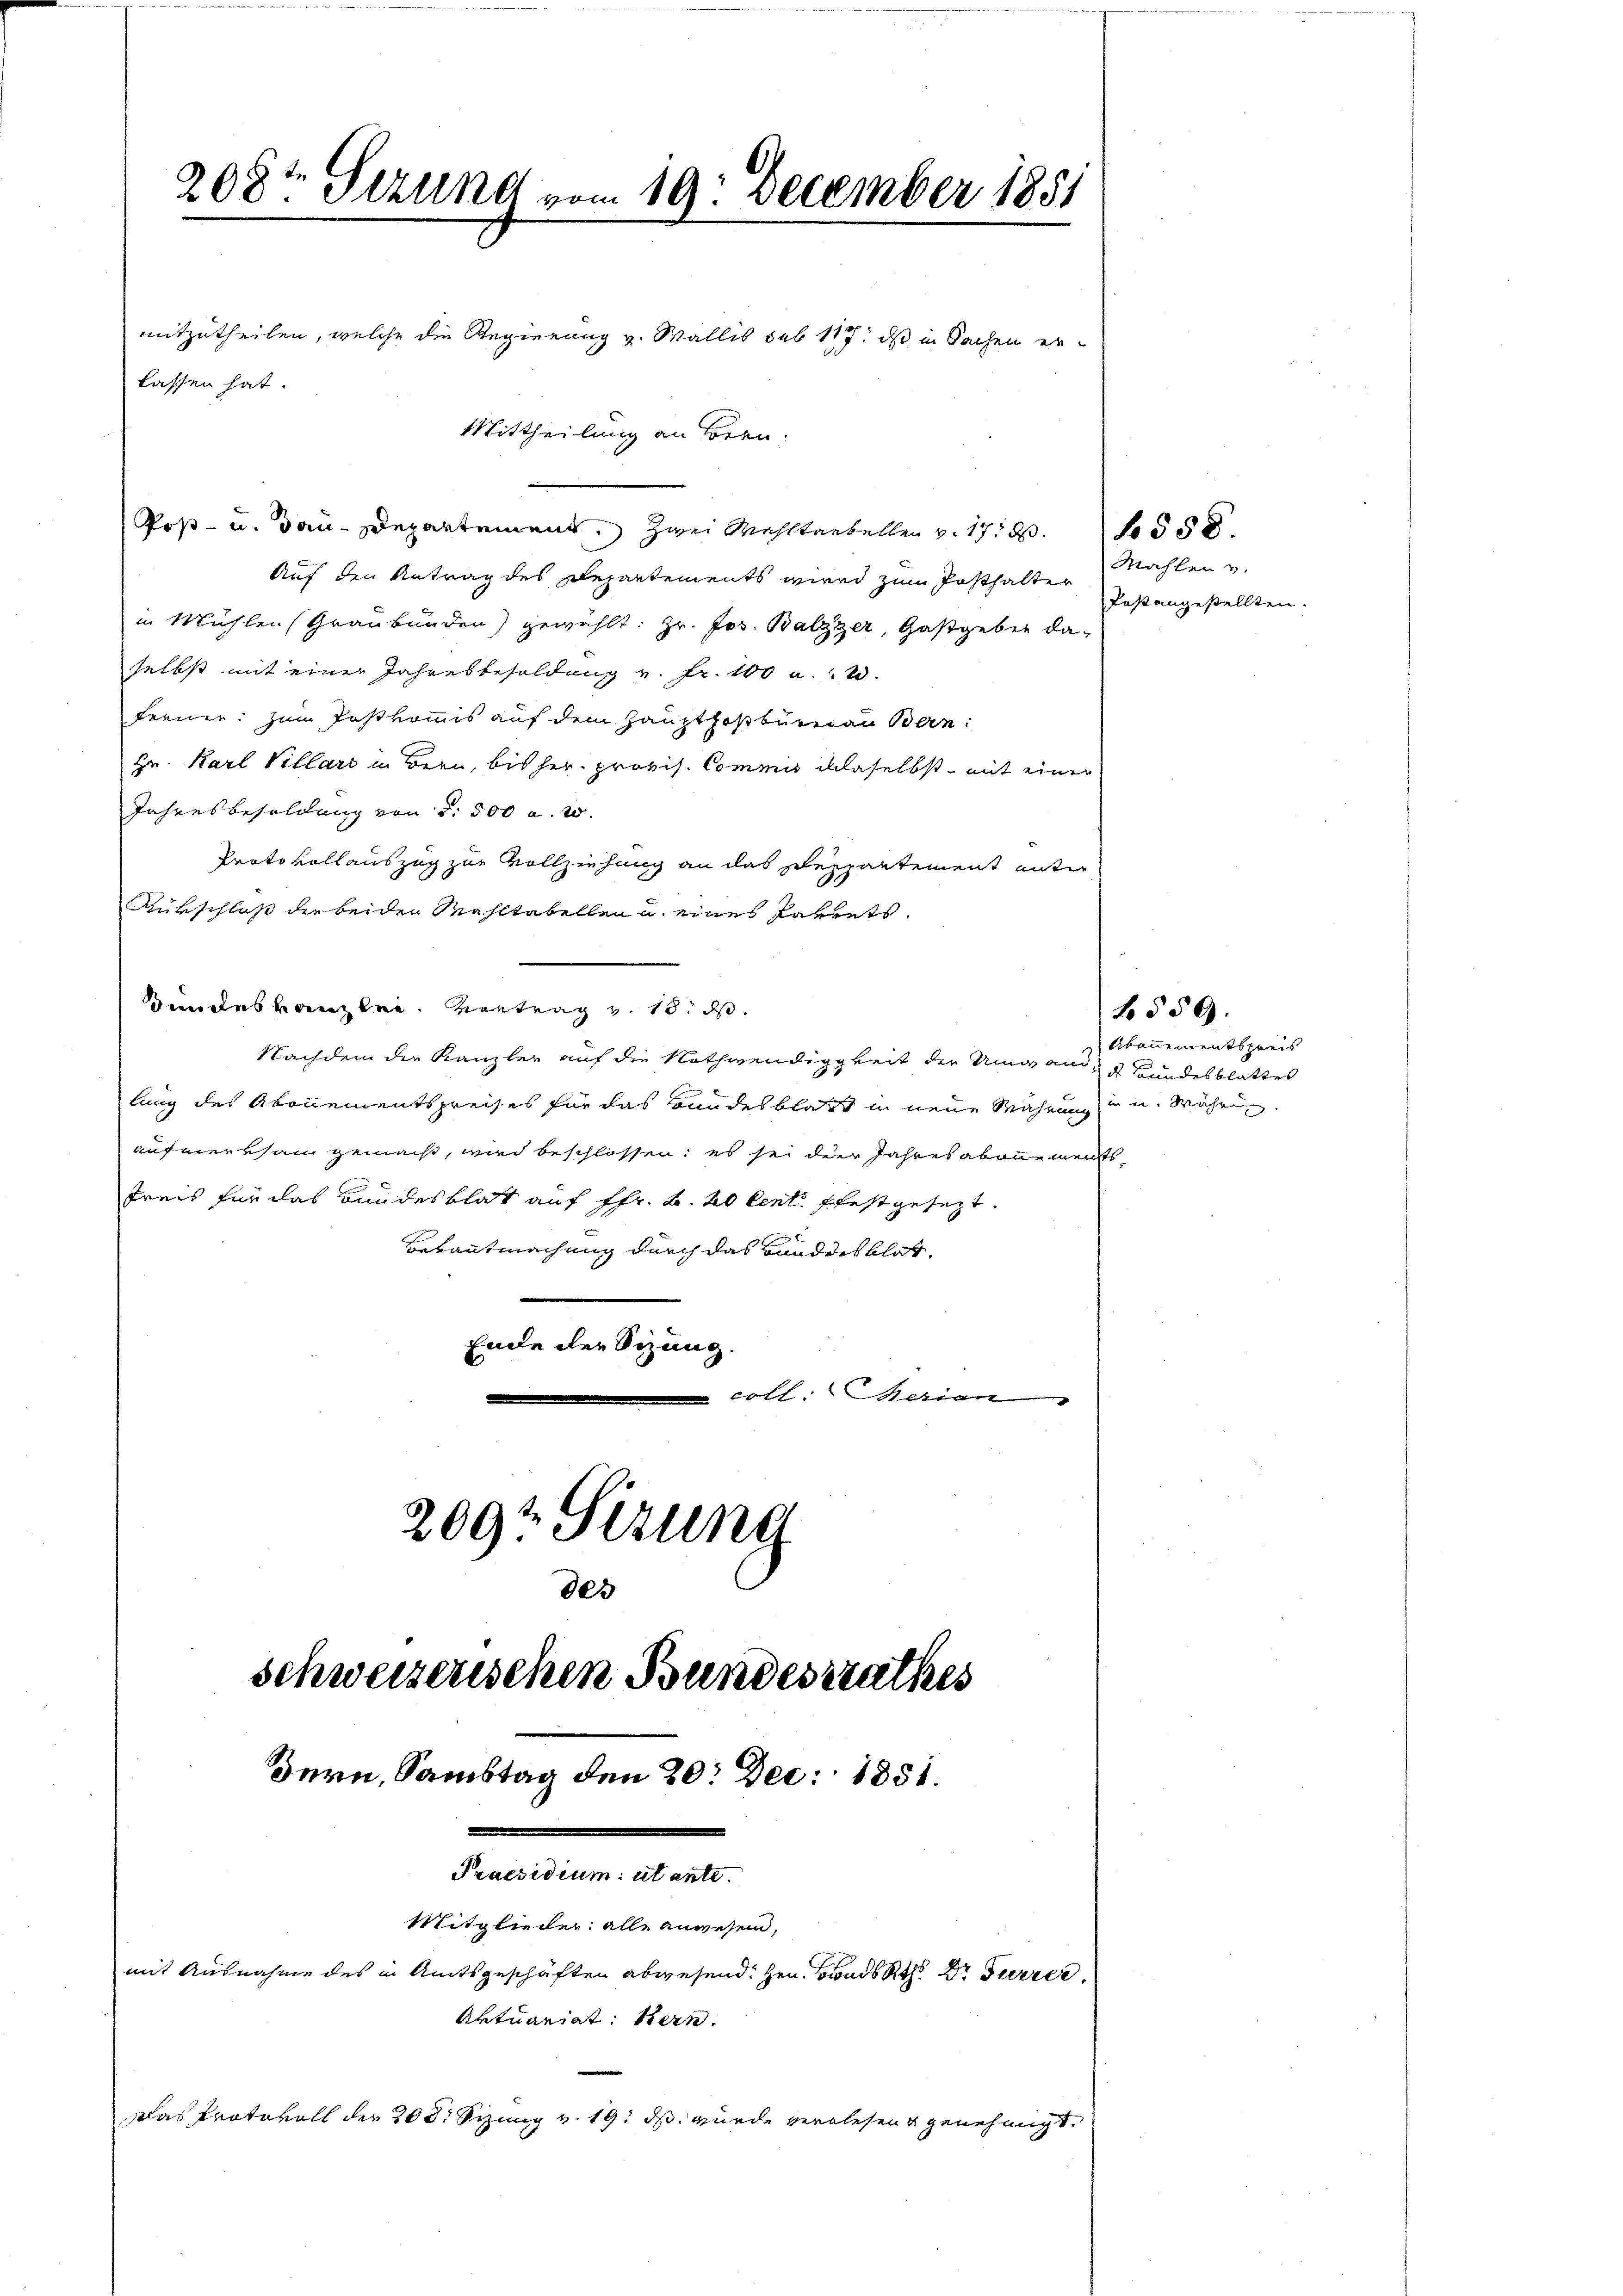
208te Serung vom 19. December 1851
mitzutheilen, welche die Regierung v. Wallis sub 117. ds in Sachen erlassen hat.
Mittheilung an Bern.

Poß- u. Bau-Departement. Zwei Wahltabellen v. 17. d. 1558.
Auf den Antrag des Repartements wird zum Posthalter
in Mühlen Graubünden) gewählt: Hr. Jos. Balzzer, Gastgeben daselbst mit einen Jahresbesoldung v. Fr. 100 u. 2.
ferner: Zum Postkommis auf dem Haupthosbureau Bern:
Hr. Karl Villari in Bern, bis her. provis. Commis daselbst mit einer
Jahresbesoldung von §. 500 a. 20.
Protokollauszug zur Vollziehung an das Departement unter
Rürschloß die beiden Mahltabellen u. eines Parrets.
Bundeskanzlei Vortrag v. 18. ds.
Nachdem der Kanzler auf die Nothwendigkeit der Umwand, u. Bundesblattes
lung des Abonnementspreises für das Bandesblatt in neue Währung in u. Währung
aufmerksam gemacht, wird beschlossen; es sei der Jahres abonnements,
Preis für das Bundesblatt auf ffr. B. 20 Cent festgesezt.
Bekanntmachung durch das Bundesblat,
Ende der Sitzung.
 coll. Merian
2097 Sizung

des
schweizerischen Bundesrathes
Bern, Samstag den 20. Dec. 1851.
Praesidium ut ante
Mitglieder alle anwesen,
mit Ausnahme des in Amtsgeschäften abwesend: Hrn. Brandsath Dr Furrer
Aktuariat: Bern.
Das Protokoll der 200. Sizung v. 19. ds. wurde verlesen genehmigt.

Mahlen v.
fast angestellten.

Abannementspreis

559.